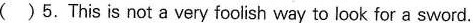
( )5.This is not a very foolish way to look for a sword.